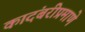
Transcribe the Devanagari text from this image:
कादंबरीप्रमाणे